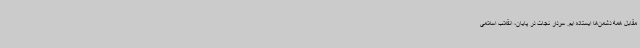
مقابل همه دشمن‌ها ایستاده ایم. سردار نجات در پایان، انقلاب اسلامی